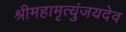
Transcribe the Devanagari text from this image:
श्रीमहामृत्युंजयदेव